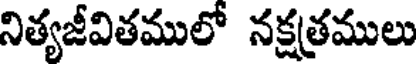
నిత్యజీవితములో నక్షత్రములు